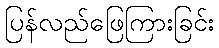
ပြန်လည်ဖြေကြားခြင်း